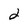
Character: 2